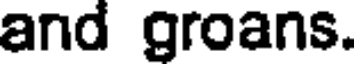
and groans.